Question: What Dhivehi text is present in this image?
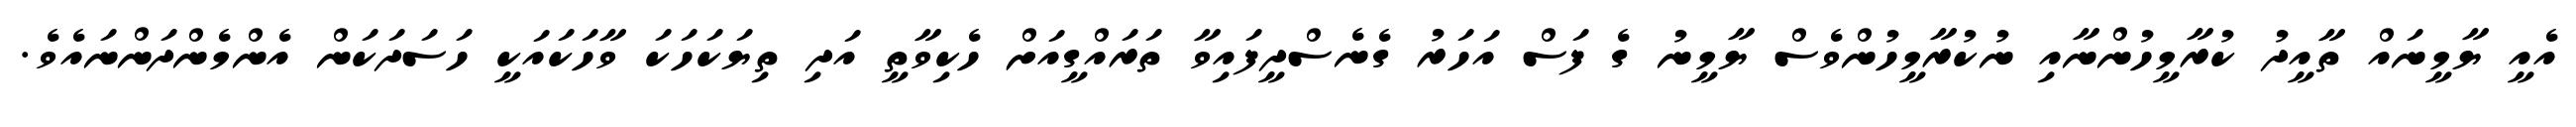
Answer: އެއީ ޔާމީނައް ތާއީދު ކުރާމީހުންނާއި ނުކުރާމީހުންވެސް ޔާމީނު ގެ ފަސް އަހަރު ގެނެސްދީފައިވާ ތަރައްގީއަށް ހެކިވާތީ އަދި ތިޔަކަހަކަ ވާހަކައަކީ ހަސަދަކަން އެންމެންދަންނައެވެ.